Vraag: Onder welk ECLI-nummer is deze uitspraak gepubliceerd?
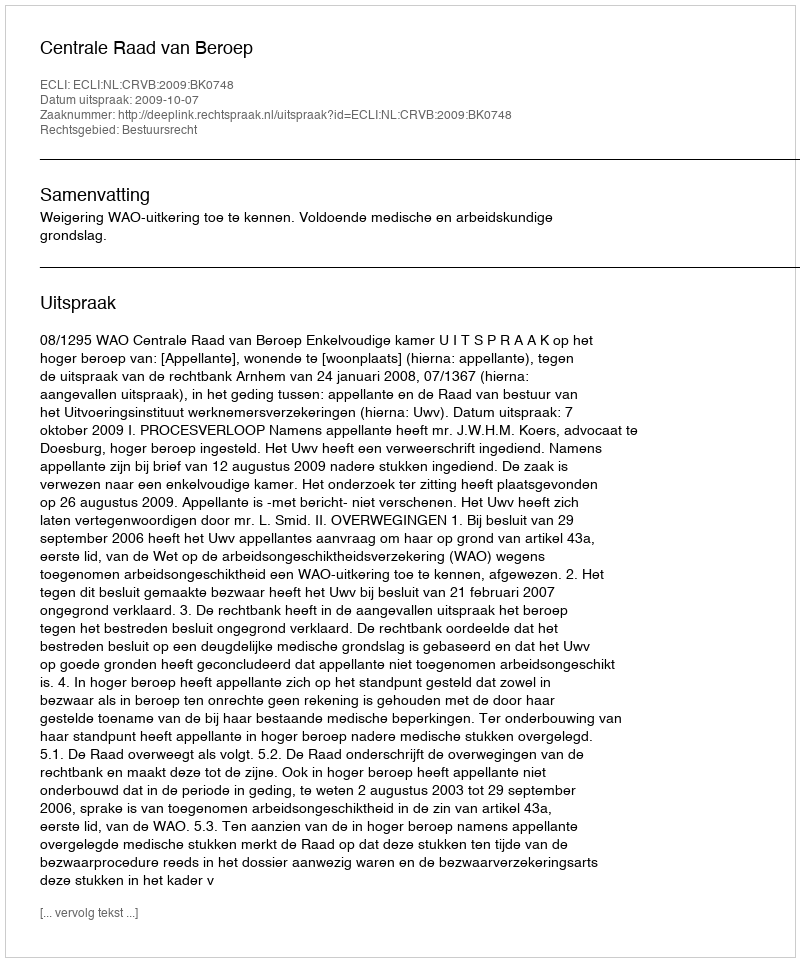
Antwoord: ECLI:NL:CRVB:2009:BK0748